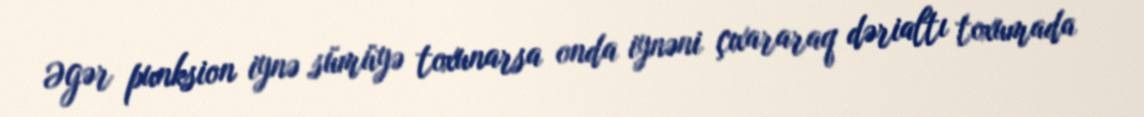
Əgər punksion iynə sümüyə toxunarsa onda iynəni çıxararaq dərialtı toxumada